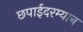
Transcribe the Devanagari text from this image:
छपाईदरम्यान